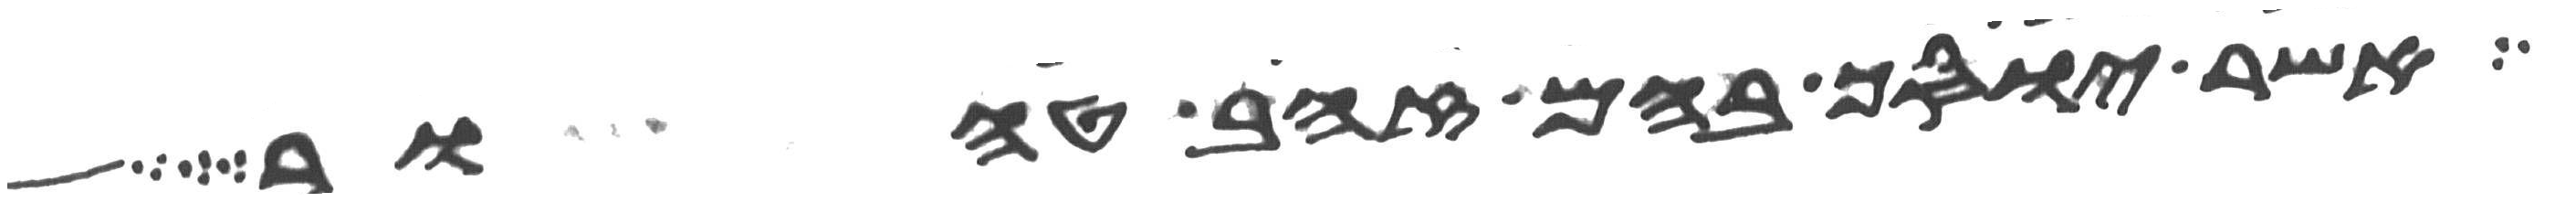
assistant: אשר יוסך בהם זהב טהור